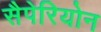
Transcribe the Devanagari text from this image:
सैपेरियोन